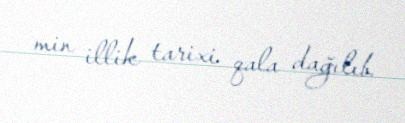
min illik tarixi qala dağılıb.